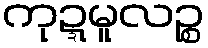
ကုဍ္ဍမူလဉ္စ